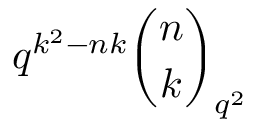
q ^ { k ^ { 2 } - n k } { \binom { n } { k } } _ { q ^ { 2 } }